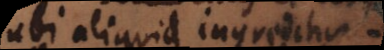
ubi aliquid ingreditur,